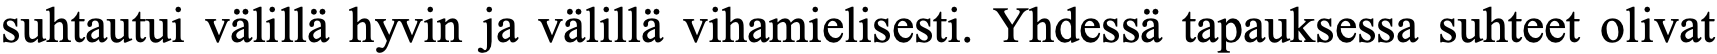
suhtautui välillä hyvin ja välillä vihamielisesti. Yhdessä tapauksessa suhteet olivat